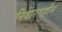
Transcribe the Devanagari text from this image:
निवारणहीन